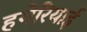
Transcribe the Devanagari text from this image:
हगेरियाई